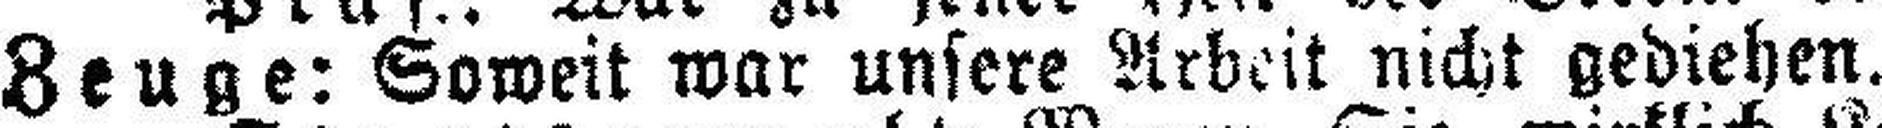
Zeuge: Soweit war unsere Arbeit nicht gediehen.